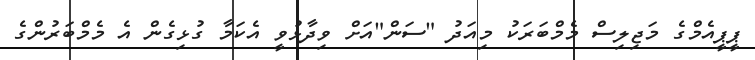
ޕީޕީއެމްގެ މަޖިލިސް މެމްބަރަކު މިއަދު "ސަން"އަށް ވިދާޅުވީ އެކަމާ ގުޅިގެން އެ މެމްބަރުންގެ